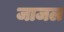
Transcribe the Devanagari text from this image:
जाजल